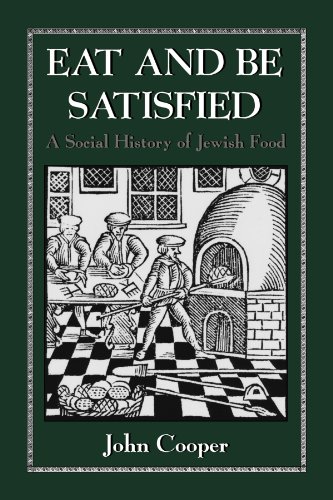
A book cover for Eat and Be Satisfied: A Social History of Jewish Food; John Cooper; Religion & Spirituality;